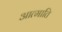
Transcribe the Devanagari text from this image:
आत्माति